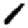
Digit: 1